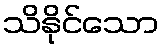
သိနိုင်သော